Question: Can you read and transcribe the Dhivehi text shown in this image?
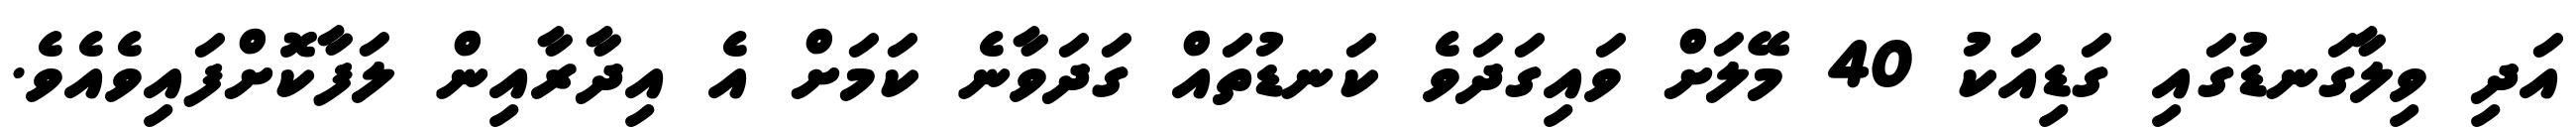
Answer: އަދި ވިލާގަނޑުގައި ގަޑިއަކު 40 މޭލަށް ވައިގަދަވެ ކަނޑުތައް ގަދަވާނެ ކަމަށް އެ އިދާރާއިން ލަފާކޮށްފައިވެއެވެ.